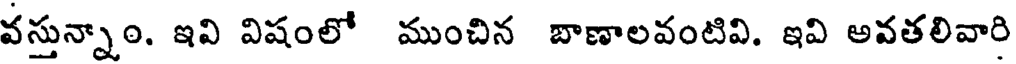
వస్తున్నాం. ఇవి విషంలో ముంచిన బాణాలవంటివి. ఇవి అవతలివారి